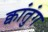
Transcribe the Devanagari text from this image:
क्वांतुंग